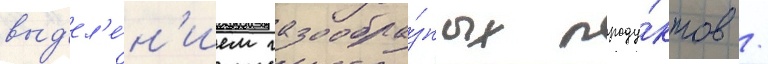
выд'ел'е́н'ием газообра́зных проду́ктов /